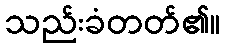
သည်းခံတတ်၏။